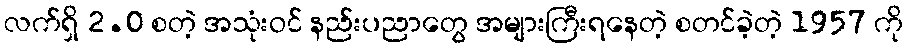
လက်ရှိ 2.0 စတဲ့ အသုံးဝင် နည်းပညာတွေ အများကြီးရနေတဲ့ စတင်ခဲ့တဲ့ 1957 ကို